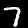
Digit: 7